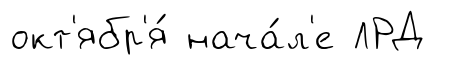
окт'ябр'я́ нача́л'е ЛРД